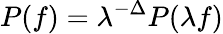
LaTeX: P(f)=\lambda^{-\Delta}P(\lambda f)